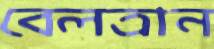
বেলত্রান